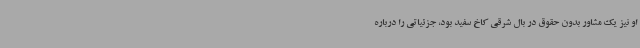
او نیز یک مشاور بدون حقوق در بال شرقی کاخ سفید بود، جزئیاتی را درباره